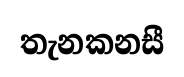
තැනකනසී